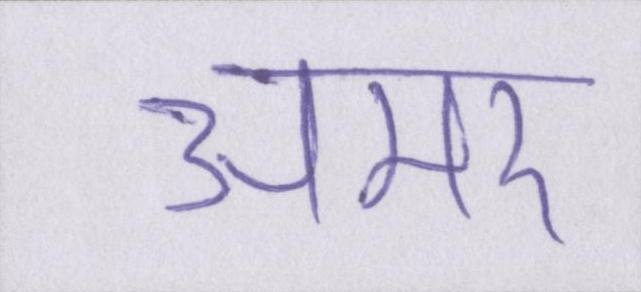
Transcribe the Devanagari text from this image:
अमर